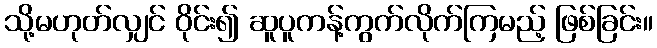
သို့မဟုတ်လျှင် ဝိုင်း၍ ဆူပူကန့်ကွက်လိုက်ကြမည့် ဖြစ်ခြင်း။